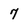
Character: 7